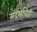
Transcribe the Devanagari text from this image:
संदर्भाचेही